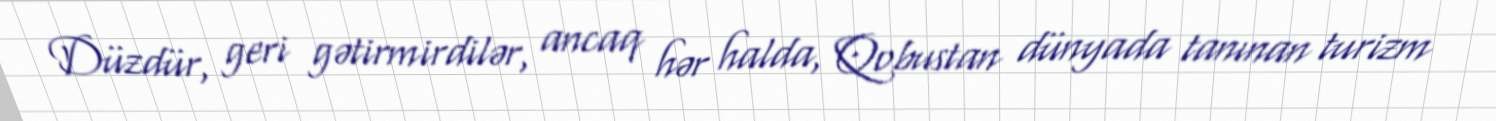
Düzdür, geri gətirmirdilər, ancaq hər halda, Qobustan dünyada tanınan turizm